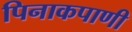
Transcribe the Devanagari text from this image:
पिनाकपाणी